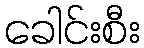
ခေါင်းစီး